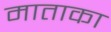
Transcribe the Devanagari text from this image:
माताका